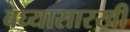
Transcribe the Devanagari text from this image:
बघ्‍यासारखी